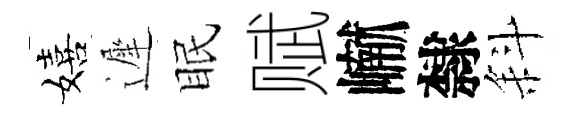
嬉遲眠赋𪩘隸斜